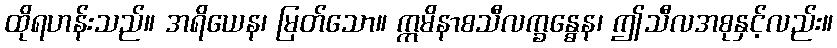
ထိုရဟန်းသည်။ အရိယေန၊ မြတ်သော။ ဣမိနာစသီလက္ခန္ဓေန၊ ဤသီလအစုနှင့်လည်း။